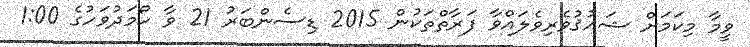
ވީމާ މިކަމަށް ޝައުޤުވެރިވެލައްވާ ފަރާތްތަކުން 2015 ޑިސެންބަރު 21 ވާ ހޯމަދުވަހުގެ 1:00